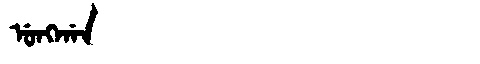
Manchu: ᡠᠩᡤᠠᠨ
Romanization: UNGGAN